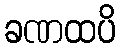
ခဏထပိ